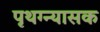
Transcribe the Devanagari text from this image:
पृथग्न्यासक